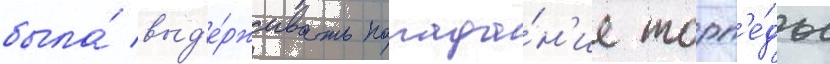
была́ выд'е́рживать попада́н'ие торп'е́ды